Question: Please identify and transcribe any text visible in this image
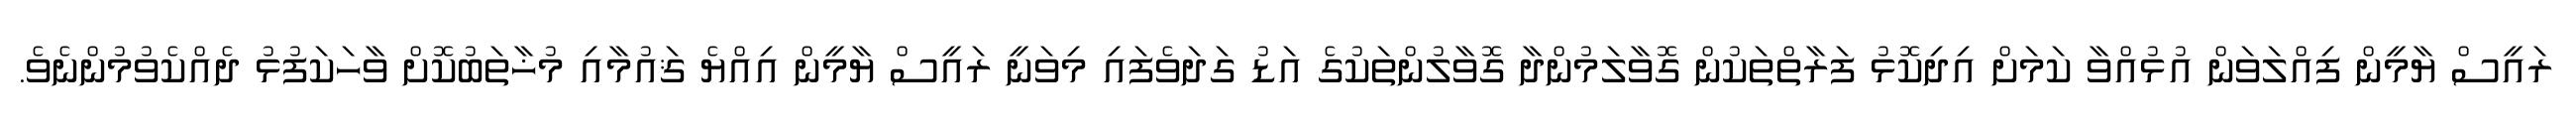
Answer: ރައީސް ޔާމީން ފިއްލަވަން އުޅުއްވާ ކަމަށް އިދިކޮޅު ފަރާތްތަކުން ގޮވާލަމުންދާ ގޮވާލުންތަކުގެ އަޑު ގަދަވެފައި މިވަނީ ރައީސް ޔާމީން އިއްޔެ ޤައުމާއި މުޚާތަބުކޮށް ވާހަކަފުޅު ދެއްކެވުމުންނެވެ.